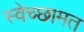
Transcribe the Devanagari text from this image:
स्वेच्छामत